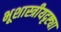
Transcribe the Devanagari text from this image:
भूशास्त्रीयदृष्ट्या